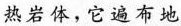
热岩体，它遍布地